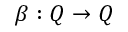
\beta : Q \rightarrow Q